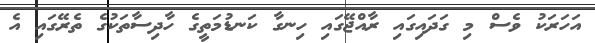
އަހަރަކު ވެސް މި ގަދައިގައި ރާއްޖޭގައި ހިނގާ ކަނޑުމަތީގެ ހާދިސާތަކުގެ ތެރޭގައި އެ